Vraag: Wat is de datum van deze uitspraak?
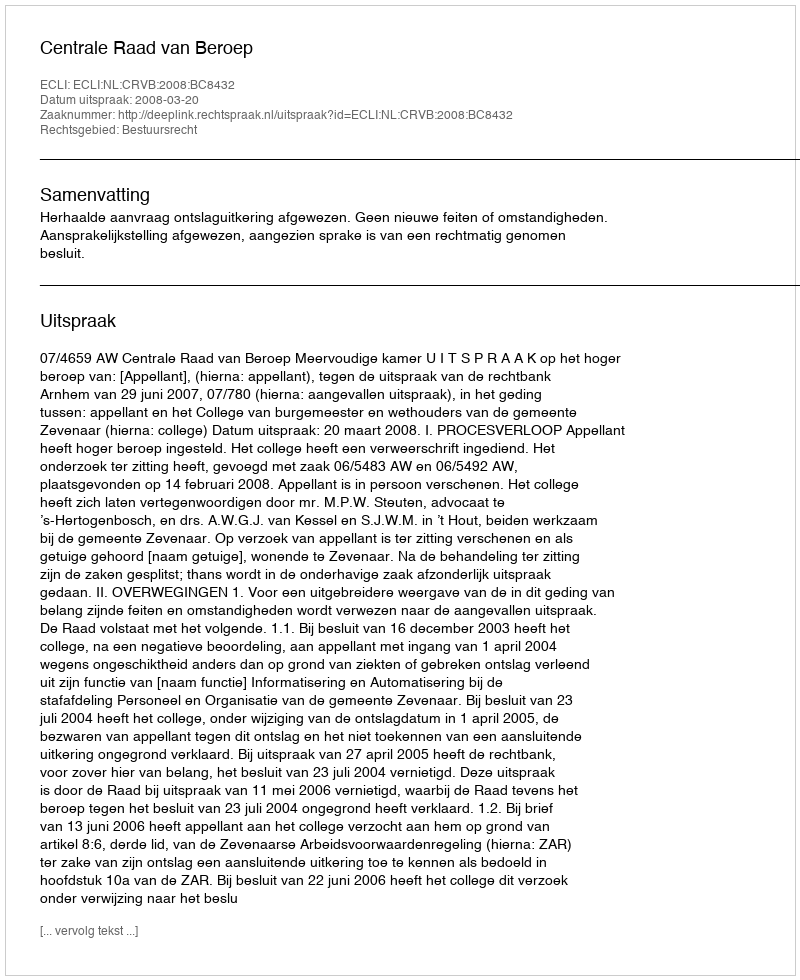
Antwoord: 2008-03-20